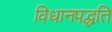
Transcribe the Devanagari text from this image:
विधानपद्धति